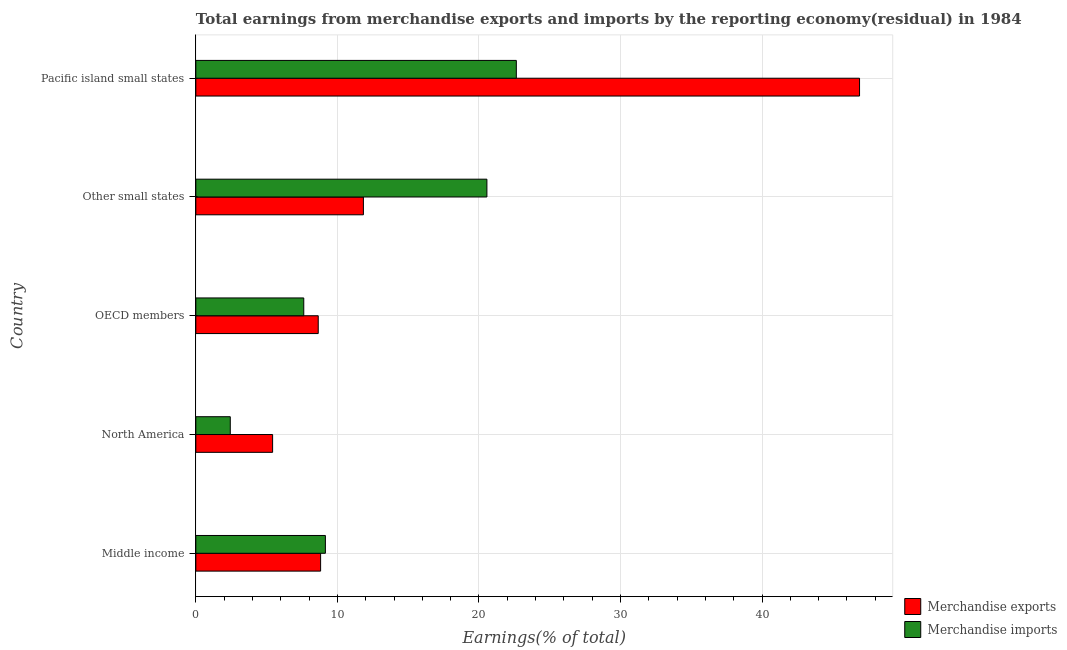
| Country | Merchandise exports | Merchandise imports |
 | --- | --- | --- |
 | Middle income | 8.82 | 9.15 |
 | North America | 5.42 | 2.43 |
 | OECD members | 8.65 | 7.63 |
 | Other small states | 11.8 | 20.6 |
 | Pacific island small states | 46.9 | 22.6 |